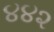
૪૪૨